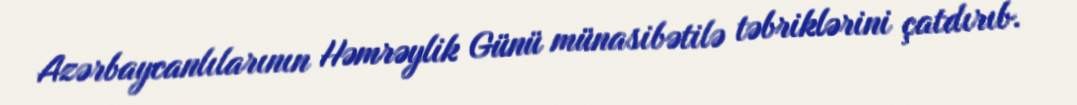
Azərbaycanlılarının Həmrəylik Günü münasibətilə təbriklərini çatdırıb.